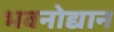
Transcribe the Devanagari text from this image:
भवनोद्यान